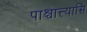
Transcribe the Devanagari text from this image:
पाश्चात्त्यासि